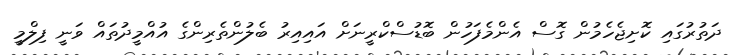
ދަތުރުގައި ކޮށިޖެހެމުން ގޮސް އެންމެފަހުން ބޮޑުސްކްރީނަށް އައިއިރު ބެލުންތެރިންގެ އުއްމީދުތައް ވަނީ ފިލްމީ